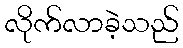
လိုက်လာခဲ့သည်